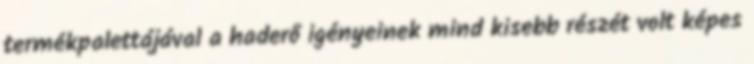
termékpalettájával a haderő igényeinek mind kisebb részét volt képes